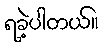
ရခဲ့ပါတယ်။